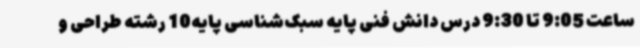
ساعت 9:05 تا 9:30 درس دانش فنی پایه سبک‌شناسی پایه10 رشته طراحی و